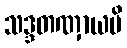
သဒ္ဒတဏှာယပိ